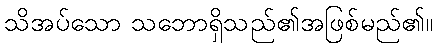
သိအပ်သော သဘောရှိသည်၏အဖြစ်မည်၏။